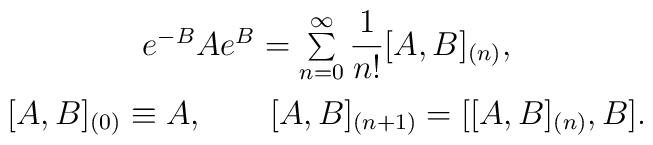
\begin{array}{c} e^{-B}Ae^B =\sum\limits_{n=0}^\infty\displaystyle\frac 1{n!}[A,B]_{(n)},\\[2ex]{}[A,B]_{(0)}\equiv A, \qquad [A,B]_{(n+1)}=[[A,B]_{(n)},B].\end{array}